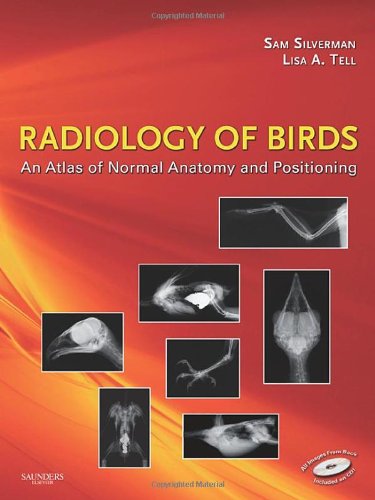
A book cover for Radiology of Birds: An Atlas of Normal Anatomy and Positioning, 1e; Sam Silverman DVM  PhD  DACVR; Medical Books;